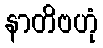
နာတိဗဟုံ